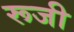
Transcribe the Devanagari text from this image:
रूजी